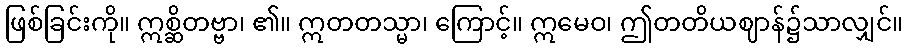
ဖြစ်ခြင်းကို။ ဣစ္ဆိတဗ္ဗာ၊ ၏။ ဣတတသ္မာ၊ ကြောင့်။ ဣမေဝ၊ ဤတတိယဈာန်၌သာလျှင်။